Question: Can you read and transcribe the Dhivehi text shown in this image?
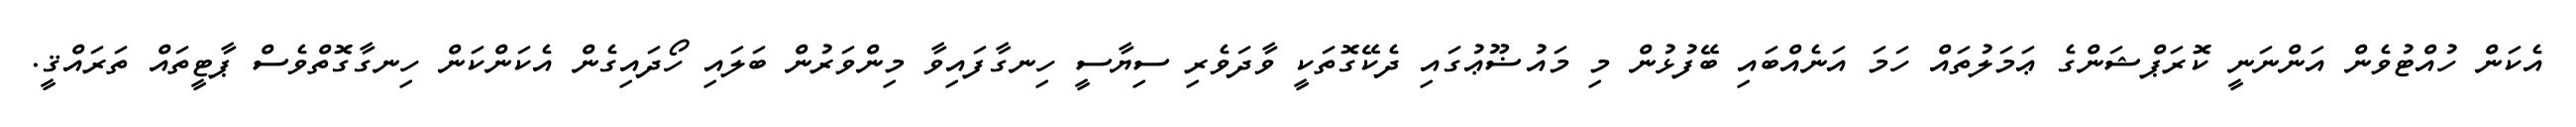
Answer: އެކަން ހުއްޓުވެން އަންނަނީ ކޮރަޕްޝަންގެ ޢަމަލުތައް ހަމަ އަނެއްބައި ބޭފުޅުން މި މައުޟޫޢުގައި ދެކޭގޮތަކީ ވާދަވެރި ސިޔާސީ ހިނގާފައިވާ މިންވަރުން ބަލައި ހޯދައިގެން އެކަންކަން ހިނގާގޮތްވެސް ޕާޓީތައް ތަރައްޤީ.